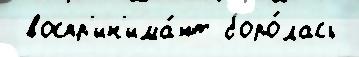
 воспр'ин'има́ют боро́лась